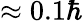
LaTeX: \approx 0.1\hbar